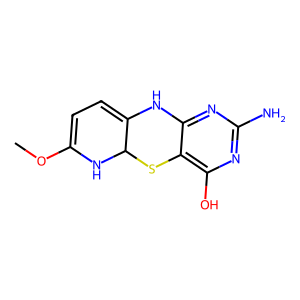
SMILES: COC1=CC=C2Nc3nc(N)nc(O)c3SC2N1
Inhibits HIV replication: No